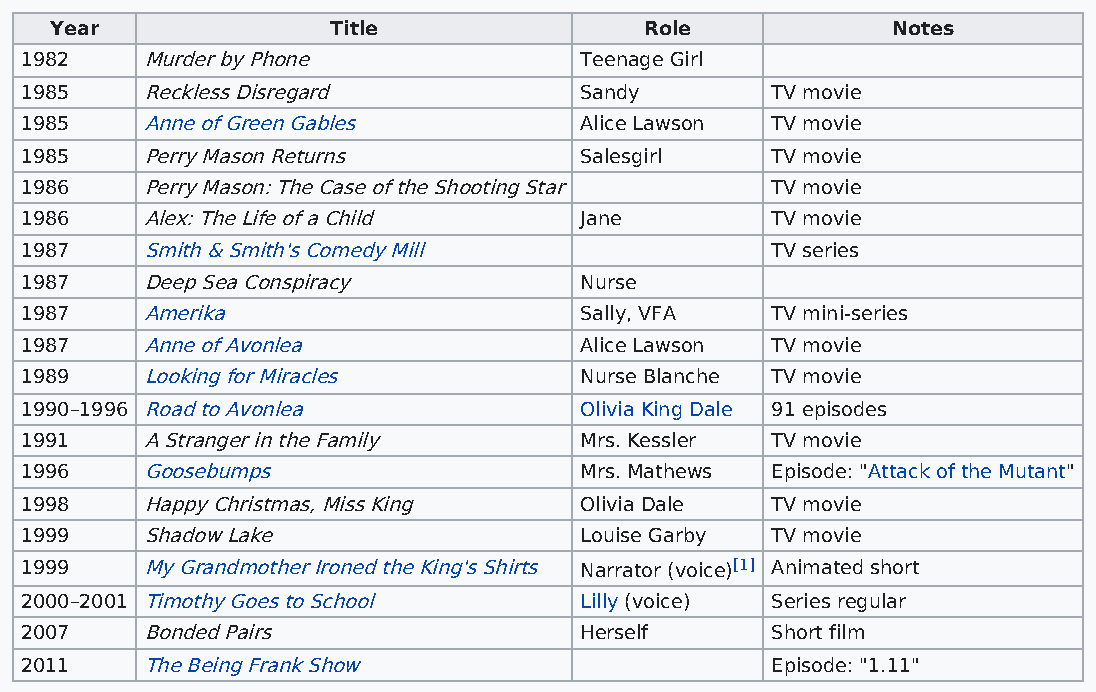
Year               Title                Role            Notes
 1982    Murder by Phone              Teenage Girl
 1985    Reckless Disregard           Sandy        TV movie
 1985    Anne of Green Gables         Alice Lawson TV movie
 1985    Perry Mason Returns          Salesgirl    TV movie
 1986    Perry Mason: The Case of the Shooting Star TV movie
 1986    Alex: The Life of a Child    Jane         TV movie
 1987    Smith & Smith's Comedy Mill               TV series
 1987    Deep Sea Conspiracy          Nurse
 1987    Amerika                      Sally, VFA   TV mini-series
 1987    Anne of Avonlea              Alice Lawson TV movie
 1989    Looking for Miracles         Nurse Blanche TV movie
 1990–1996 Road to Avonlea            Olivia King Dale 91 episodes
 1991    A Stranger in the Family     Mrs. Kessler TV movie
 1996    Goosebumps                   Mrs. Mathews Episode: "Attack of the Mutant"
 1998    Happy Christmas, Miss King   Olivia Dale  TV movie
 1999    Shadow Lake                  Louise Garby TV movie
 1999    My Grandmother Ironed the King's Shirts Narrator (voice)[1] Animated short
 2000–2001 Timothy Goes to School     Lilly (voice) Series regular
 2007    Bonded Pairs                 Herself      Short film
 2011    The Being Frank Show                      Episode: "1.11"